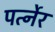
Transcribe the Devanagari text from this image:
पर्त्नेर